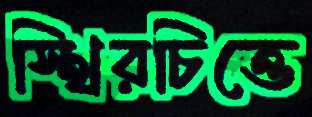
স্থিরচিত্তে